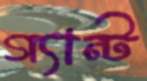
গ্যান্ট